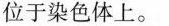
位于染色体上。